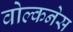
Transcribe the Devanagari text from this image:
वोल्कनेस